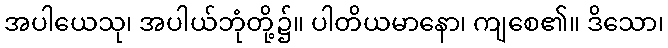
အပါယေသု၊ အပါယ်ဘုံတို့၌။ ပါတိယမာနော၊ ကျစေ၏။ ဒိသော၊